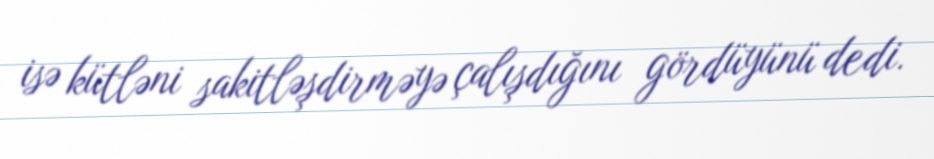
isə kütləni sakitləşdirməyə çalışdığını gördüyünü dedi.